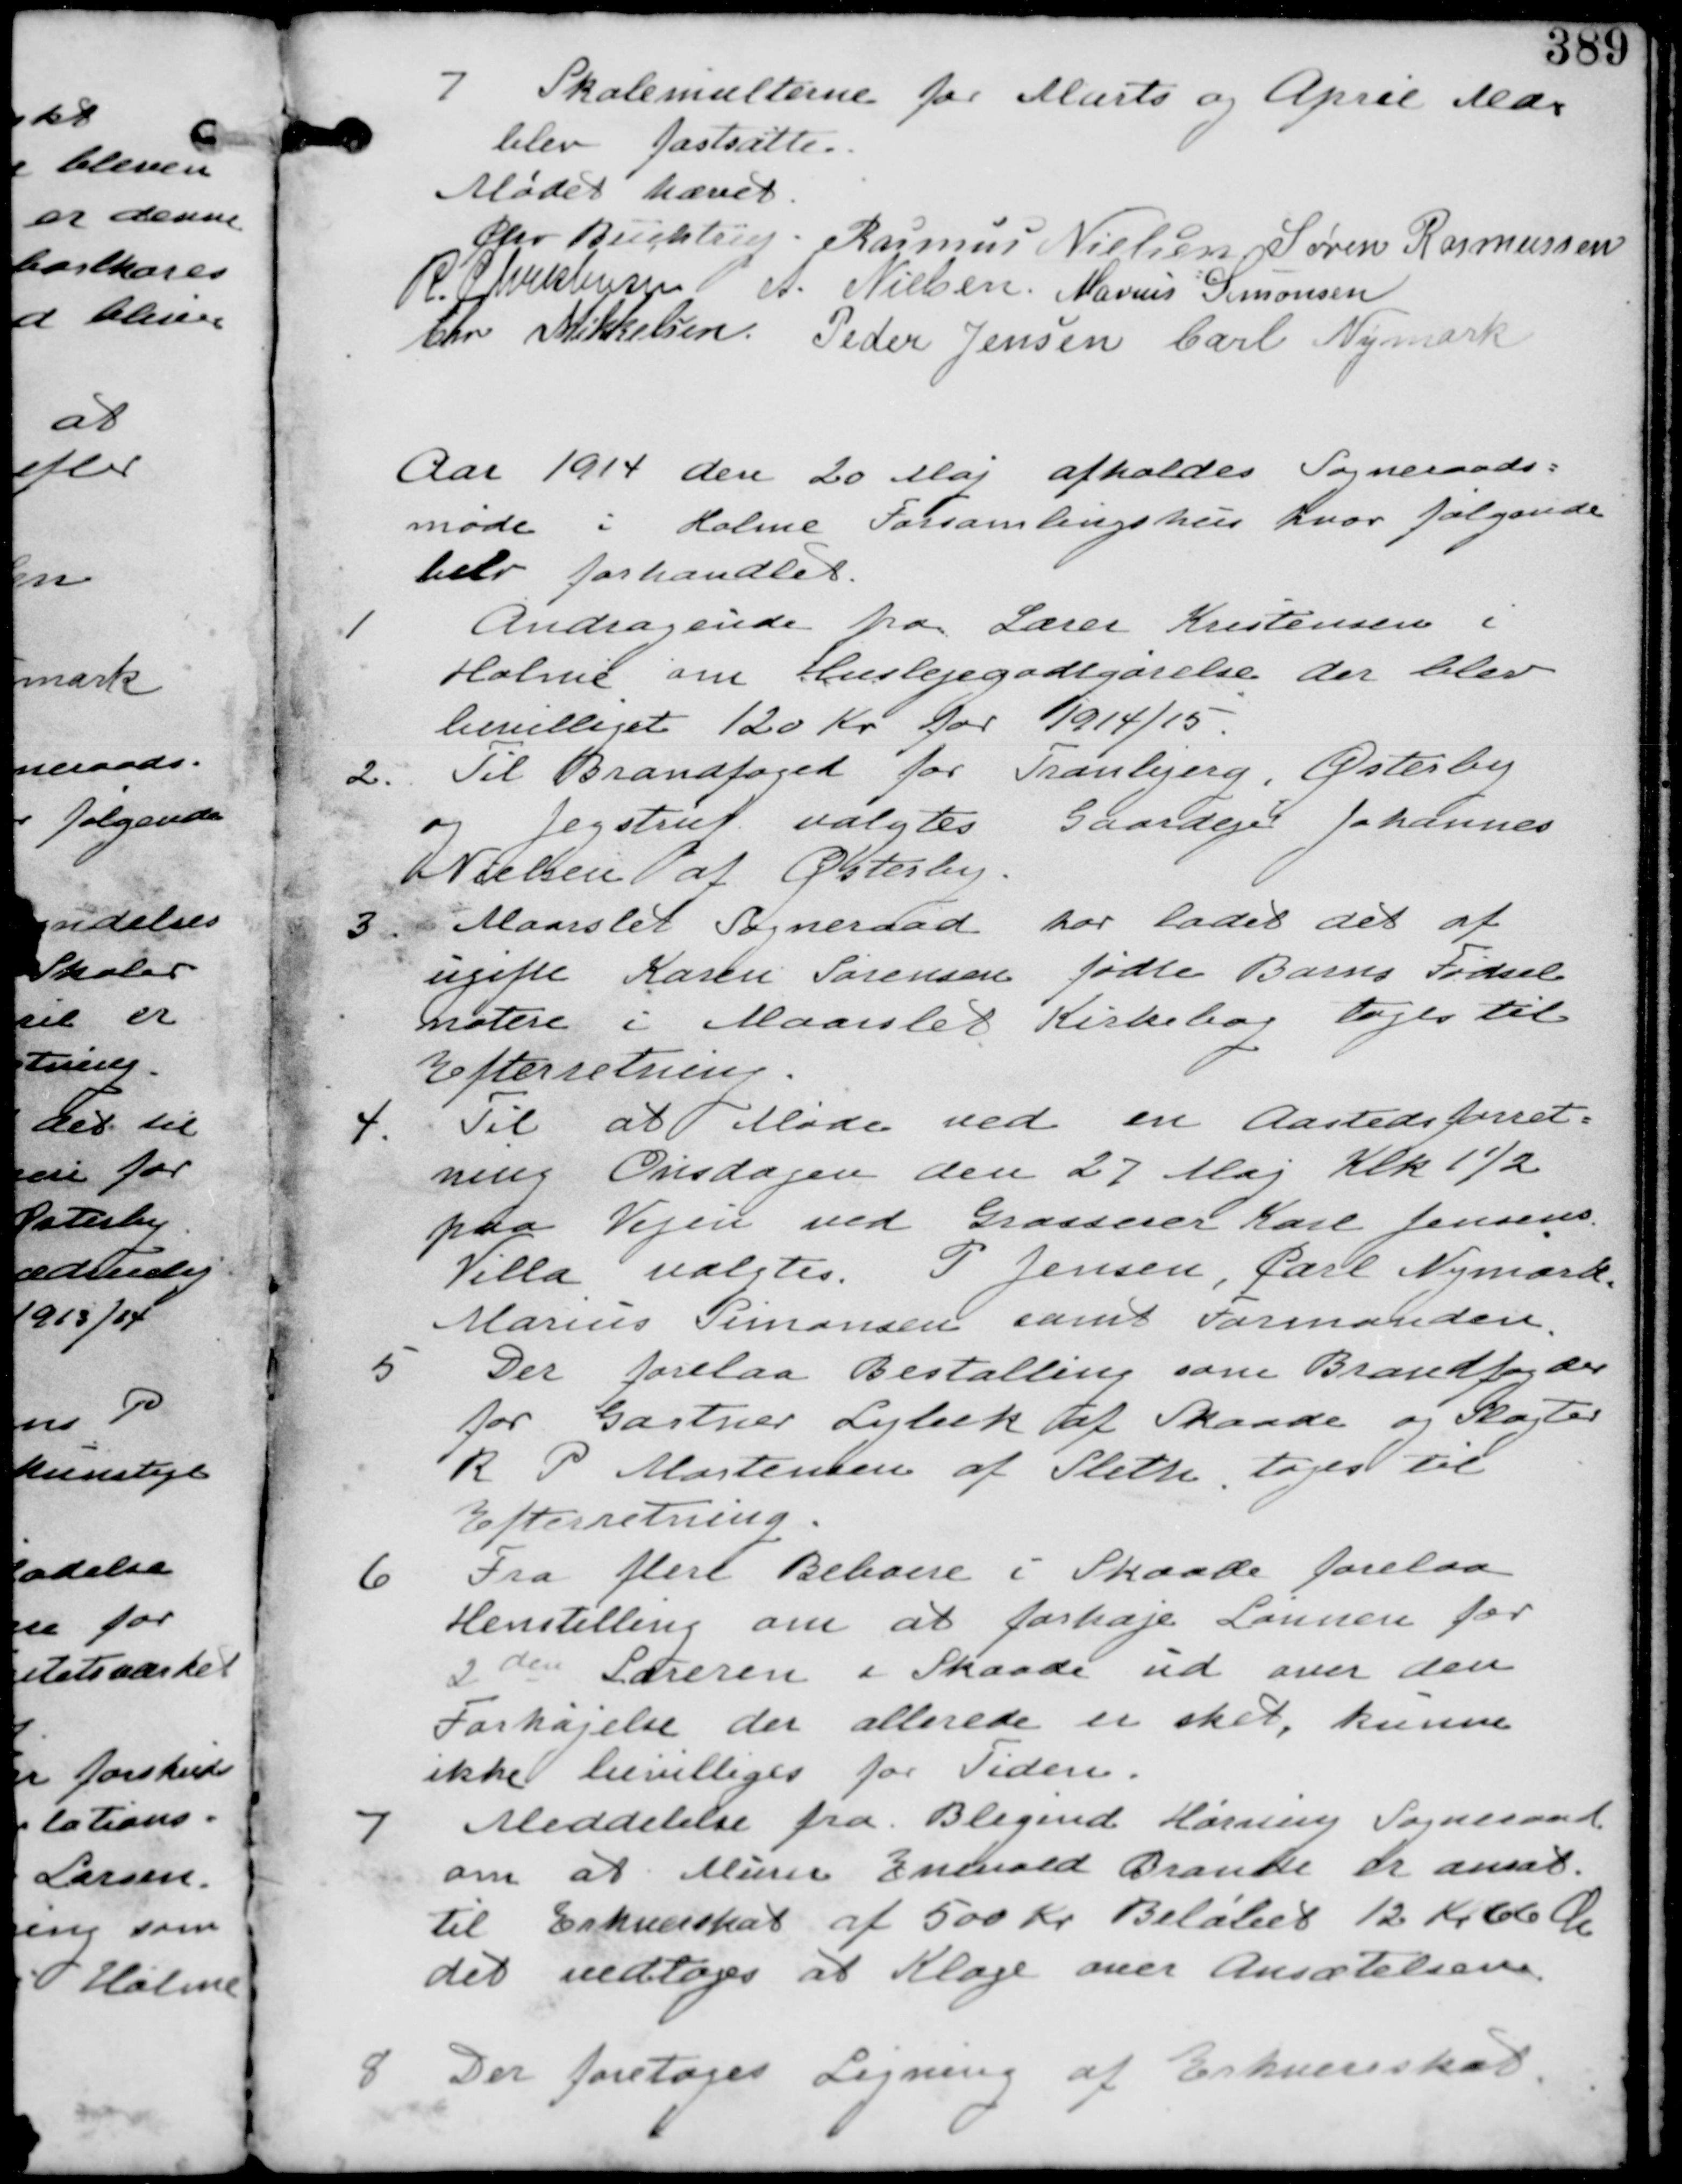
Transskription:
7 Skolemulterne for Marts og April Mdr
blev fastsatte

Mødet hævet
Chr Buchtrup Rasmus Nielsen Søren Rasmussen
R Christensen A. Nielsen Marius Simonsen
Chr Mikkelsen Peder Jensen Carl Nymark

Aar 1914 den 20 Maj afholdes Sogneraads
møde i Holme Forsamlingshus hvor følgende
blev forhandlet

1
Andragende fra Lærer Kristensen i
Holme om Huslejegodtgørelse der blev
bevilliget 120 Kr for 1914/15.

2. Til Brandfoged for Tranbjerg, Østerby
og Jegstrup valgtes Gaardejer Johannes
Nielsen af Østerby.

3. Maarslev Sogneraad har ladet det af
ugifte Karen Sørensen fødte Barn Fødsel
notere i Maarlet Kirkebog tages til
Efterrretning

4. Til at Møde ved en Aastedsforret-
ning Onsdagen den 27 Maj klk 1½
på Vejen ved Grosserer Karl Jensens
Villa valgtes P Jensen, Carl Nymark
Marius Simonsen samt Formanden.

5-
Der forelaa Bestalling som Brandfoged
for Gartner Lybek af Skaade og Slagter
R P Mortensen af Sleth. tages til
Efterretning.

Fra flere Beboere i Skaade forelaa
Henstilling om at forhøje Lønnen for
2 den Læreren i Skaade ud over den
Forhøjelse der allerede er sket, kunne
ikke bevilliges for Tiden.

7 Meddelelse fra Blegind Hørning Sogneraad
om at Murer Enevold Branke er ansat
til Erhvervsskat af 500 Kr Beløbet 12 Kr 66 Øre
det vedtages at Klage over Ansættelsen

8 Der foretages Ligning af Erhvervsskat.